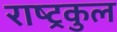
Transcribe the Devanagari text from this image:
राष्‍ट्रकुल